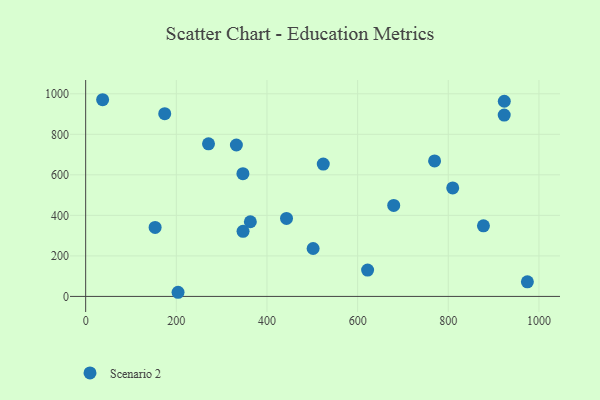
{"axis": {"x": "Experience", "y": "Demand"}, "legend": ["Scenario 2"], "data": [{"x": "363.3", "y": 368.4, "type": "Scenario 2"}, {"x": "271.0", "y": 752.9, "type": "Scenario 2"}, {"x": "809.8", "y": 535.4, "type": "Scenario 2"}, {"x": "524.2", "y": 653.0, "type": "Scenario 2"}, {"x": "622.0", "y": 130.1, "type": "Scenario 2"}, {"x": "346.9", "y": 605.7, "type": "Scenario 2"}, {"x": "37.4", "y": 970.6, "type": "Scenario 2"}, {"x": "347.2", "y": 321.0, "type": "Scenario 2"}, {"x": "332.5", "y": 747.1, "type": "Scenario 2"}, {"x": "153.2", "y": 340.4, "type": "Scenario 2"}, {"x": "923.6", "y": 963.0, "type": "Scenario 2"}, {"x": "974.5", "y": 72.1, "type": "Scenario 2"}, {"x": "679.6", "y": 448.9, "type": "Scenario 2"}, {"x": "443.1", "y": 385.0, "type": "Scenario 2"}, {"x": "501.8", "y": 236.5, "type": "Scenario 2"}, {"x": "174.4", "y": 901.9, "type": "Scenario 2"}, {"x": "203.8", "y": 20.4, "type": "Scenario 2"}, {"x": "877.6", "y": 348.1, "type": "Scenario 2"}, {"x": "769.8", "y": 668.6, "type": "Scenario 2"}, {"x": "923.4", "y": 895.0, "type": "Scenario 2"}]}